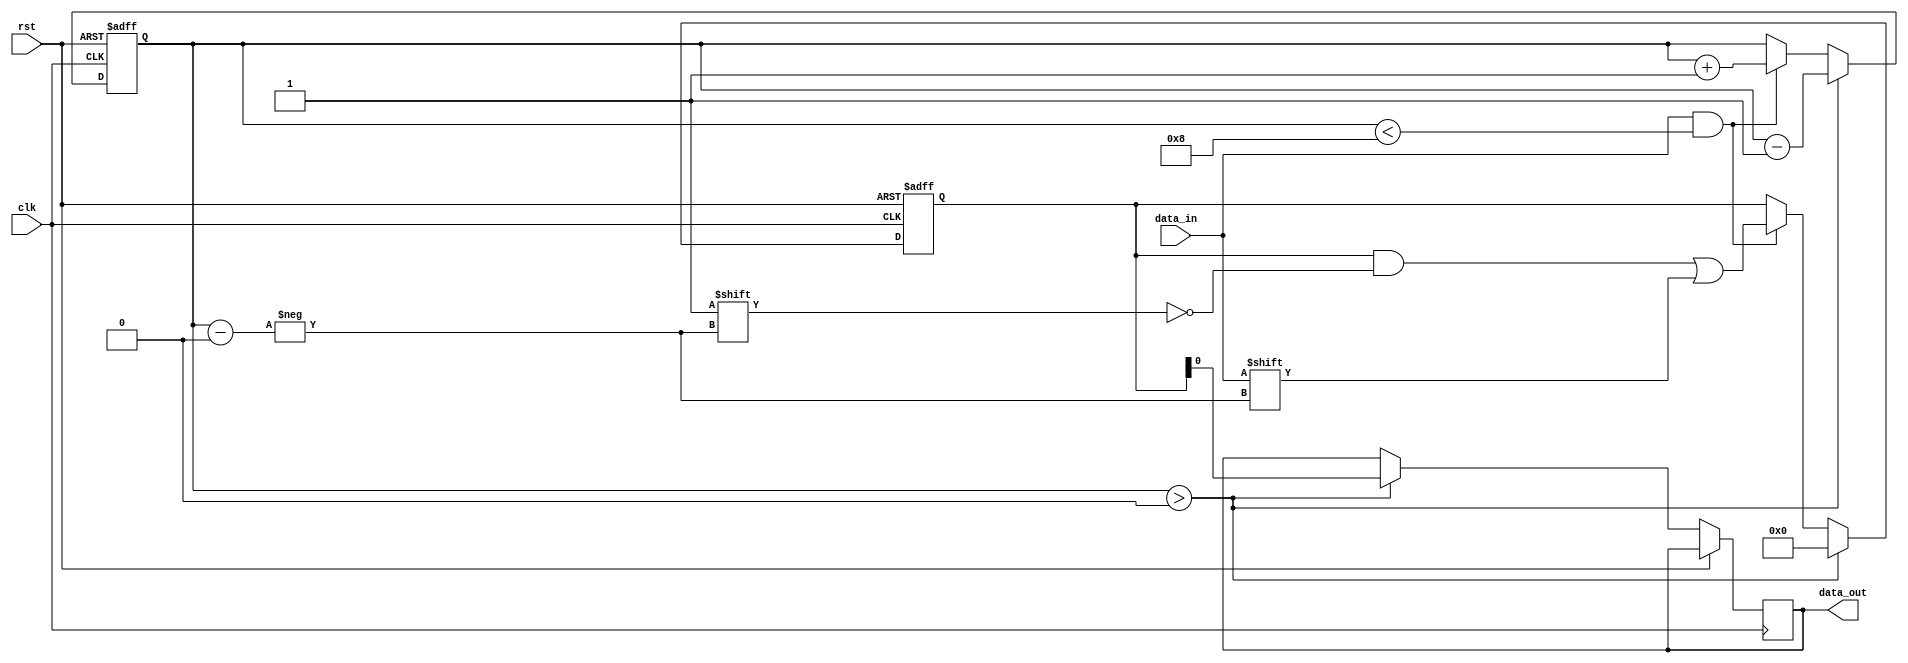
module almost_empty_fifo (
    input wire clk,
    input wire rst,
    input wire data_in,
    output wire data_out
);

parameter BUFFER_SIZE = 8;
reg [BUFFER_SIZE-1:0] fifo_buffer;
reg [2:0] fill_level;

always @(posedge clk or posedge rst) begin
    if (rst) begin
        fifo_buffer <= 0;
        fill_level <= 0;
    end else begin
        if (data_in && fill_level < BUFFER_SIZE) begin
            fifo_buffer[fill_level] <= data_in;
            fill_level <= fill_level + 1;
        end
        
        if (fill_level > 0) begin
            data_out <= fifo_buffer[0];
            fill_level <= fill_level - 1;
            fifo_buffer <= {fifo_buffer[BUFFER_SIZE-2:0], 0};
        end
    end
end

endmodule